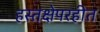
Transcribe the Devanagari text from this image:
हस्तक्षेपरहीत